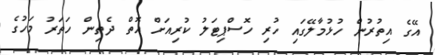
އޭގެ އިތުރުން ހުޅުމާލޭގައި ހުރި ހޮސްޕިޓަލު ކުރިއަށް އޮތް ދެތިން ހަތަރު މަހުގެ